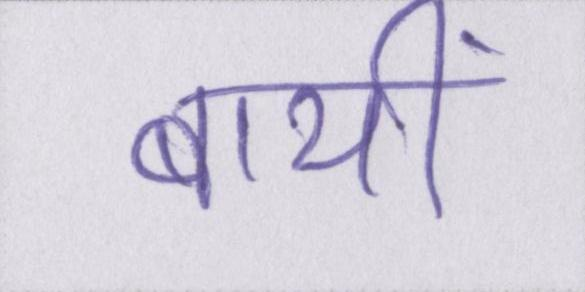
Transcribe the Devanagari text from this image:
बायीं